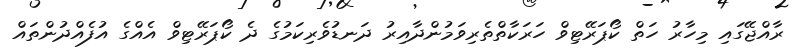
ރާއްޖޭގައި މިހާރު ހަތް ކޯޕަރޭޓިވް ހަރަކާތްތެރިވަމުންދާއިރު ދަނޑުވެރިކަމުގެ ދެ ކޯޕަރޭޓިވް އެއްގެ އުފެއްދުންތައް